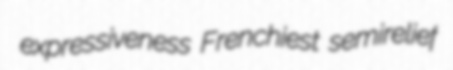
expressiveness Frenchiest semirelief